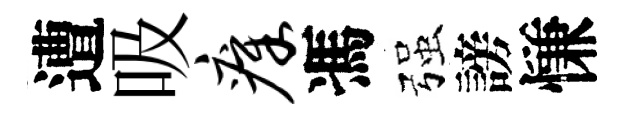
遭吸瘴馮强謗慊